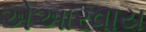
એઆરવાય